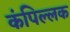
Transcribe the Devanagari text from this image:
कंपिल्लक